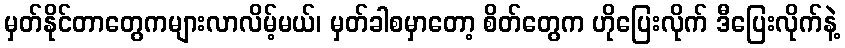
မှတ်နိုင်တာတွေကများလာလိမ့်မယ်၊ မှတ်ခါစမှာတော့ စိတ်တွေက ဟိုပြေးလိုက် ဒီပြေးလိုက်နဲ့